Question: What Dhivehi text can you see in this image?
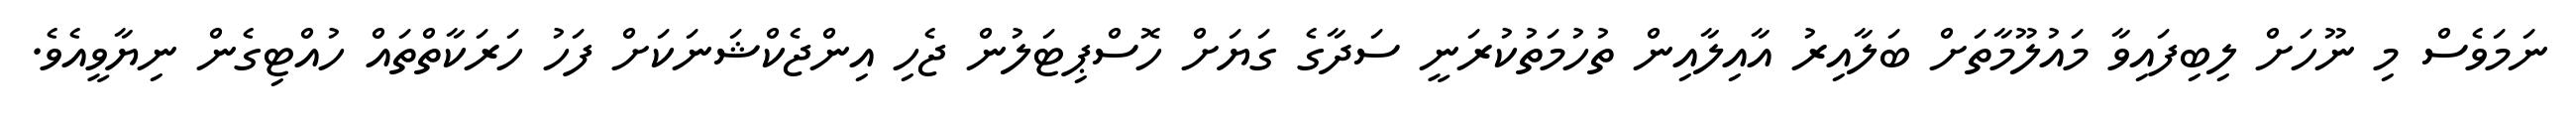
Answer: ނަމަވެސް މި ނޫހަށް ލިބިފައިވާ މައުލޫމާތަށް ބަލާއިރު އާއިލާއިން ތުހުމަތުކުރަނީ ސަދާގެ ގަޔަށް ހޮސްޕިޓަލުން ޖެހި އިންޖެކްޝަނަކަށް ފަހު ހަރަކާތްތައް ހުއްޓިގެން ނިޔާވީއެވެ.